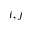
i , j